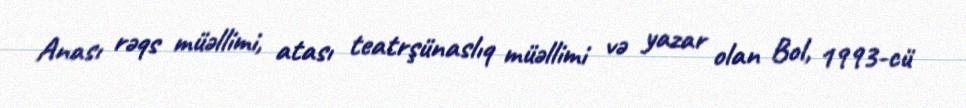
Anası rəqs müəllimi, atası teatrşünaslıq müəllimi və yazar olan Bol, 1993-cü